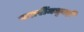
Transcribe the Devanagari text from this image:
बखरींमधूनही